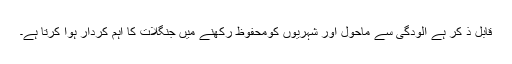
قابل ذ کر ہے آلودگی سے ماحول اور شہریوں کومحفوظ رکھنے میں جنگلات کا اہم کردار ہوا کرتا ہے۔